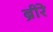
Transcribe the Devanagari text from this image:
ब्रीरे